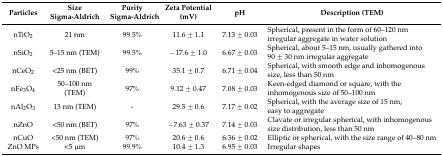
<table><thead><tr><td><b>Particles</b></td><td><b>Size Sigma-Aldrich</b></td><td><b>Purity Sigma-Aldrich</b></td><td><b>Zeta Potential (mV)</b></td><td><b>pH</b></td><td><b>Description (TEM)</b></td></tr></thead><tbody><tr><td>nTiO<sub>2</sub></td><td>21 nm</td><td>99.5%</td><td>11.6 ± 1.1</td><td>7.13 ± 0.03</td><td>Spherical, present in the form of 60–120 nm irregular aggregate in water solution</td></tr><tr><td>nSiO<sub>2</sub></td><td>5–15 nm (TEM)</td><td>99.5%</td><td>−17.6 ± 1.0</td><td>6.67 ± 0.03</td><td>Spherical, about 5–15 nm, usually gathered into 90 ± 30 nm irregular aggregate</td></tr><tr><td>nCeO<sub>2</sub></td><td>&lt;25 nm (BET)</td><td>99%</td><td>35.1 ± 0.7</td><td>6.71 ± 0.04</td><td>Spherical, with smooth edge and inhomogenous size, less than 50 nm</td></tr><tr><td>nFe<sub>3</sub>O<sub>4</sub></td><td>50–100 nm (TEM)</td><td>97%</td><td>9.12 ± 0.47</td><td>7.08 ± 0.03</td><td>Keen-edged diamond or square, with the inhomogenous size of 50–100 nm</td></tr><tr><td>nAl<sub>2</sub>O<sub>3</sub></td><td>13 nm (TEM)</td><td>-</td><td>29.5 ± 0.6</td><td>7.17 ± 0.02</td><td>Spherical, with the average size of 15 nm, easy to aggregate</td></tr><tr><td>nZnO</td><td>&lt;50 nm (BET)</td><td>97%</td><td>−7.63 ± 0.37</td><td>7.14 ± 0.03</td><td>Clavate or irregular spherical, with inhomogenous size distribution, less than 50 nm</td></tr><tr><td>nCuO</td><td>&lt;50 nm (TEM)</td><td>97%</td><td>20.6 ± 0.6</td><td>6.36 ± 0.02</td><td>Elliptic or spherical, with the size range of 40–80 nm</td></tr><tr><td>ZnO MPs</td><td>&lt;5 μm</td><td>99.9%</td><td>10.4 ± 1.3</td><td>6.95 ± 0.03</td><td>Irregular shapes</td></tr></tbody></table>